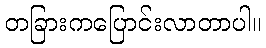
တခြားကပြောင်းလာတာပါ။